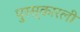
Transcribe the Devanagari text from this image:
पुरस्कारली